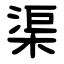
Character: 渠